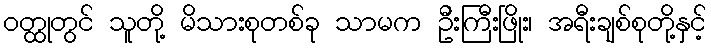
ဝတ္ထုတွင် သူတို့ မိသားစုတစ်ခု သာမက ဦးကြီးဖြိုး၊ အရီးချစ်စုတို့နှင့်